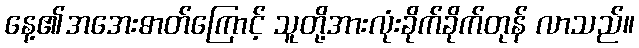
နေ့၏အအေးဓာတ်ကြောင့် သူတို့အားလုံးခိုက်ခိုက်တုန် လာသည်။